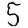
Digit: 5